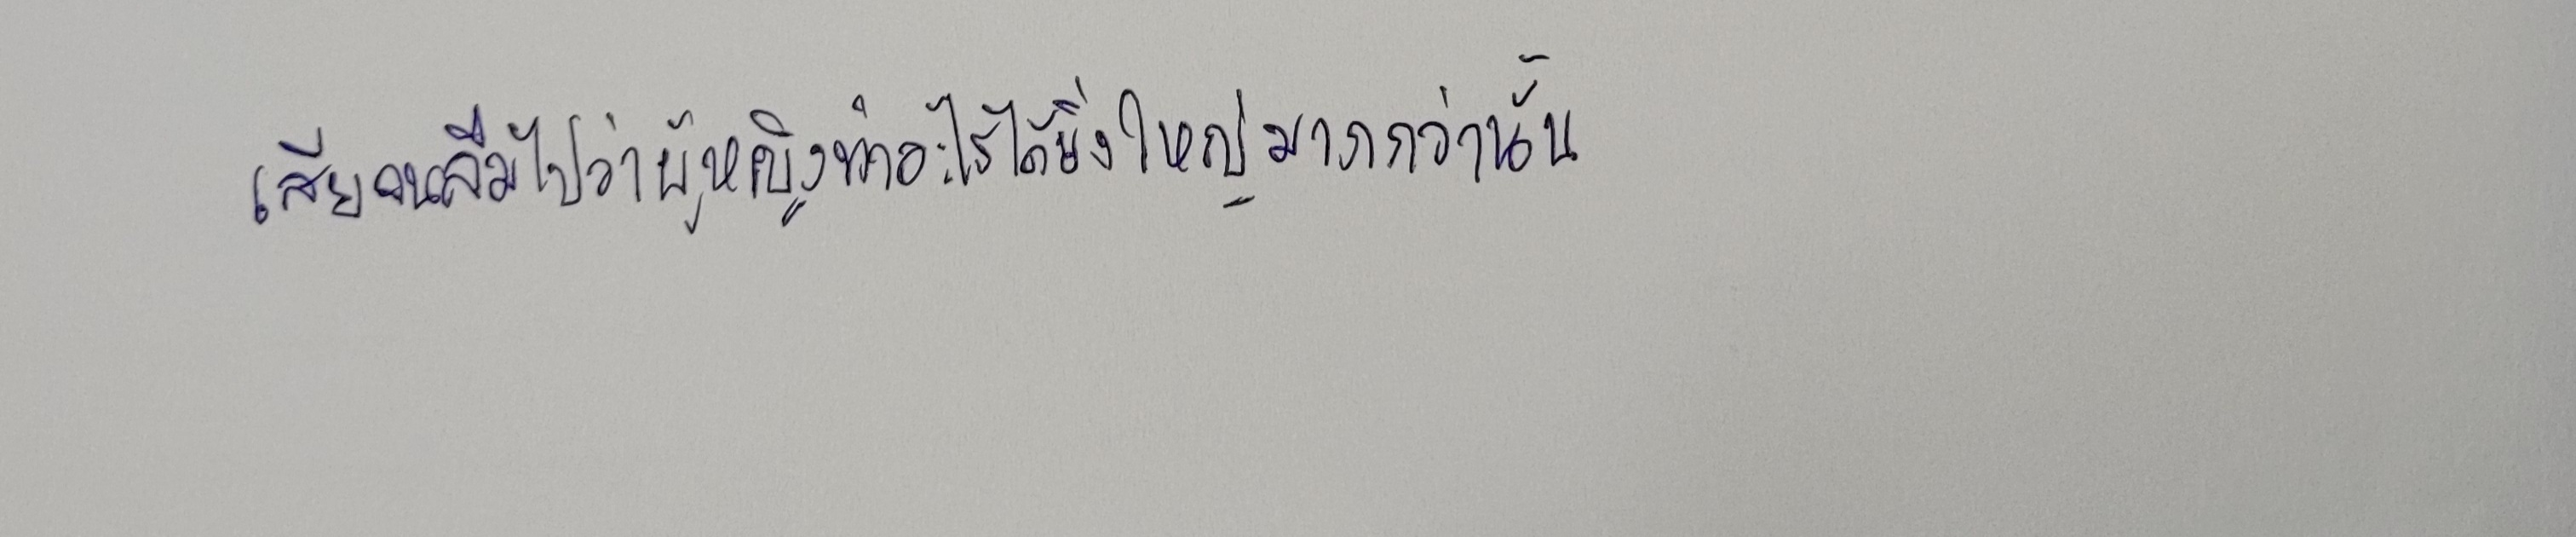
เสียจนลืมไปว่าผู้หญิงทำอะไรได้ยิ่งใหญ่มากกว่านั้น